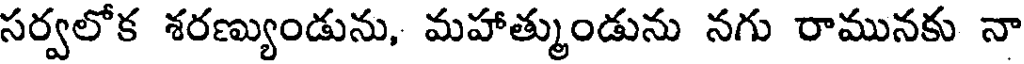
సర్వలోక శరణ్యుండును, మహాత్ముండును నగు రామునకు నా